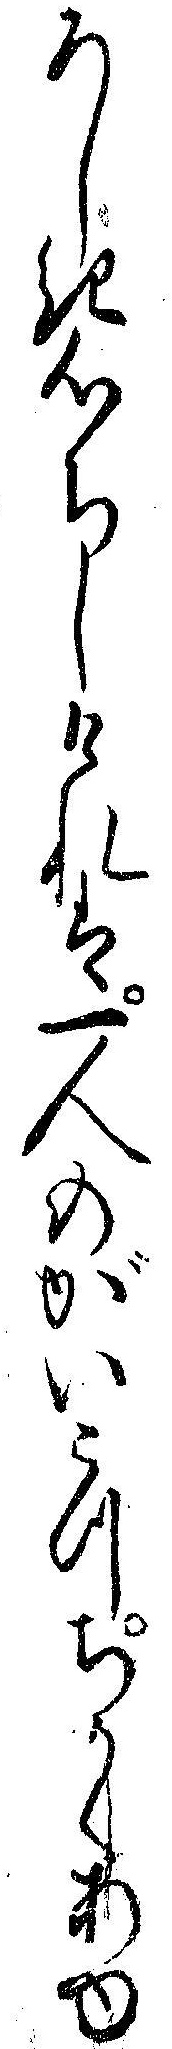
ろしき心ちしけれは一人のがいこつちかくあゆ